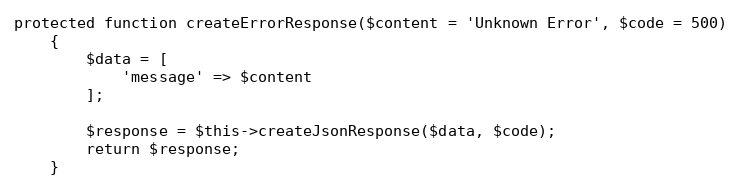
Language: PHP
protected function createErrorResponse($content = 'Unknown Error', $code = 500)
    {
        $data = [
            'message' => $content
        ];

        $response = $this->createJsonResponse($data, $code);
        return $response;
    }